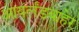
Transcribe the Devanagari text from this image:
आयर्लंडबाहेर